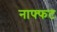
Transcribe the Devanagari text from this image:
नाफ्फट